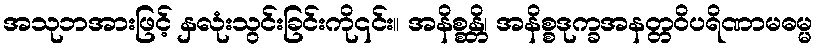
အသုဘအားဖြင့် နှလုံးသွင်းခြင်းကို၎င်း။ အနိစ္စန္တိ၊ အနိစ္စဒုက္ခအနတ္တဝိပရိဏာမဓမ္မ